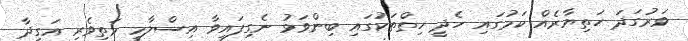
ވަރުގަދަ ހަތިޔާރެއް ކަމުގައި ހެދީ ހިތްތަކުގައި ބިންވަޅު ނެގިފައިވާ އިސްލާމީ މަތިވެރި އަގީދާ